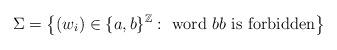
LaTeX: \begin{align*}\Sigma=\left\{(w_i)\in \{a,b\}^\mathbb{Z} : \ \mbox{word} \ bb \ \mbox{is forbidden} \right\}\end{align*}